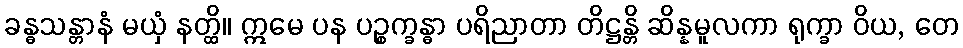
ခန္ဓသန္တာနံ မယှံ နတ္ထိ။ ဣမေ ပန ပဉ္စက္ခန္ဓာ ပရိညာတာ တိဋ္ဌန္တိ ဆိန္နမူလကာ ရုက္ခာ ဝိယ, တေ